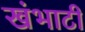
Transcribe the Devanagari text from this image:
खंभाटी